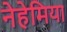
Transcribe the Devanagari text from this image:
नेहेमिया